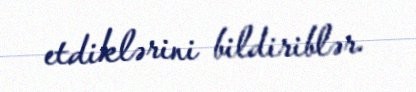
etdiklərini bildiriblər.